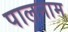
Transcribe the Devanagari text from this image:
पालनाम